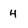
Character: 4